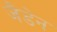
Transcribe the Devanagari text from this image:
जैडेन